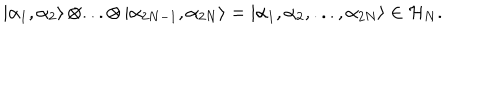
\left| \alpha _ { 1 } , \alpha _ { 2 } \right\rangle \otimes . . . \otimes \left| \alpha _ { 2 N - 1 } , \alpha _ { 2 N } \right\rangle = \left| \alpha _ { 1 } , \alpha _ { 2 } , . . . , \alpha _ { 2 N } \right\rangle \in { \cal H } _ { N } .